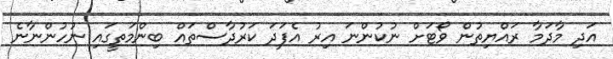
އަދި މާދަމާ ރައްޔިތުން ވޯޓަށް ނުކުންނަ އިރު އެފަދަ ކަރުދާސްތައް ބިންމަތީގައި ނުހުންނާނެ